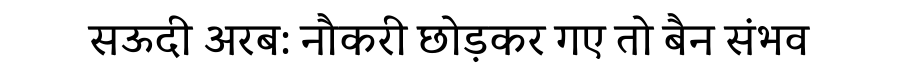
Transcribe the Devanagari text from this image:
सऊदी अरब: नौकरी छोड़कर गए तो बैन संभव